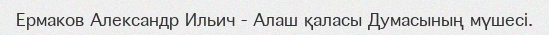
Ермаков Александр Ильич - Алаш қаласы Думасының мүшесі.